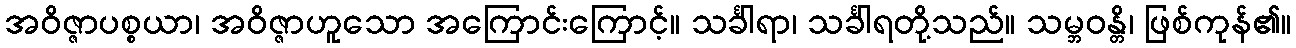
အဝိဇ္ဇာပစ္စယာ၊ အဝိဇ္ဇာဟူသော အကြောင်းကြောင့်။ သင်္ခါရာ၊ သင်္ခါရတို့သည်။ သမ္ဘဝန္တိ၊ ဖြစ်ကုန်၏။